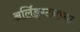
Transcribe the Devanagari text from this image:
अर्लिङ्ग्टनच्या